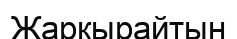
Жарқырайтын